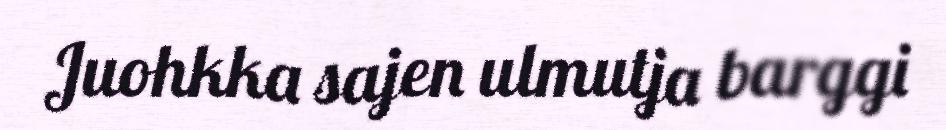
Juohkka sajen ulmutja barggi